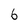
Character: 6